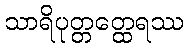
သာရိပုတ္တတ္ထေရဿ